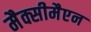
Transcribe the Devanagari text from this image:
मैक्सीमैएन